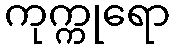
ကုက္ကုရော